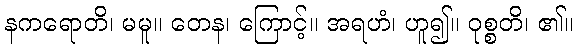
နကရောတိ၊ မမူ။ တေန၊ ကြောင့်။ အရဟံ၊ ဟူ၍။ ဝုစ္စတိ၊ ၏။